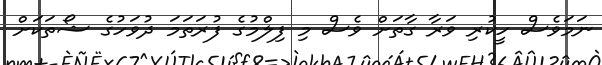
ނަމަވެސް ހީކުރި ވަރާ ގާތަށް ވެސް މި ފިލްމުގެ ފުރަތަމަ ދުވަހުގެ ޝޯތަކަށް